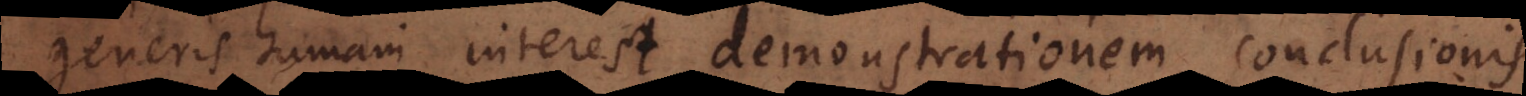
generis humani interest demonstrationem conclusionis